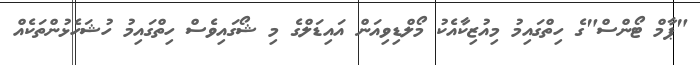
"ޕާމް ޓޯންސް"ގެ ހިތްގައިމު މިއުޒިކާއެކު މޯލްޑިވިއަން އައިޑަލްގެ މި ޝޯގައިވެސް ހިތްގައިމު ހުޝަހެޅުންތަކެއް